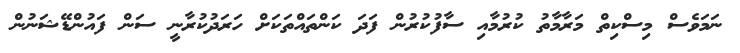
ނަމަވެސް މިސްކިތް މަރާމާތު ކުރުމާއި ސާފުކުރުން ފަދަ ކަންތައްތަކަށް ހަރަދުކުރާނީ ސަން ފައުންޑޭޝަނުން